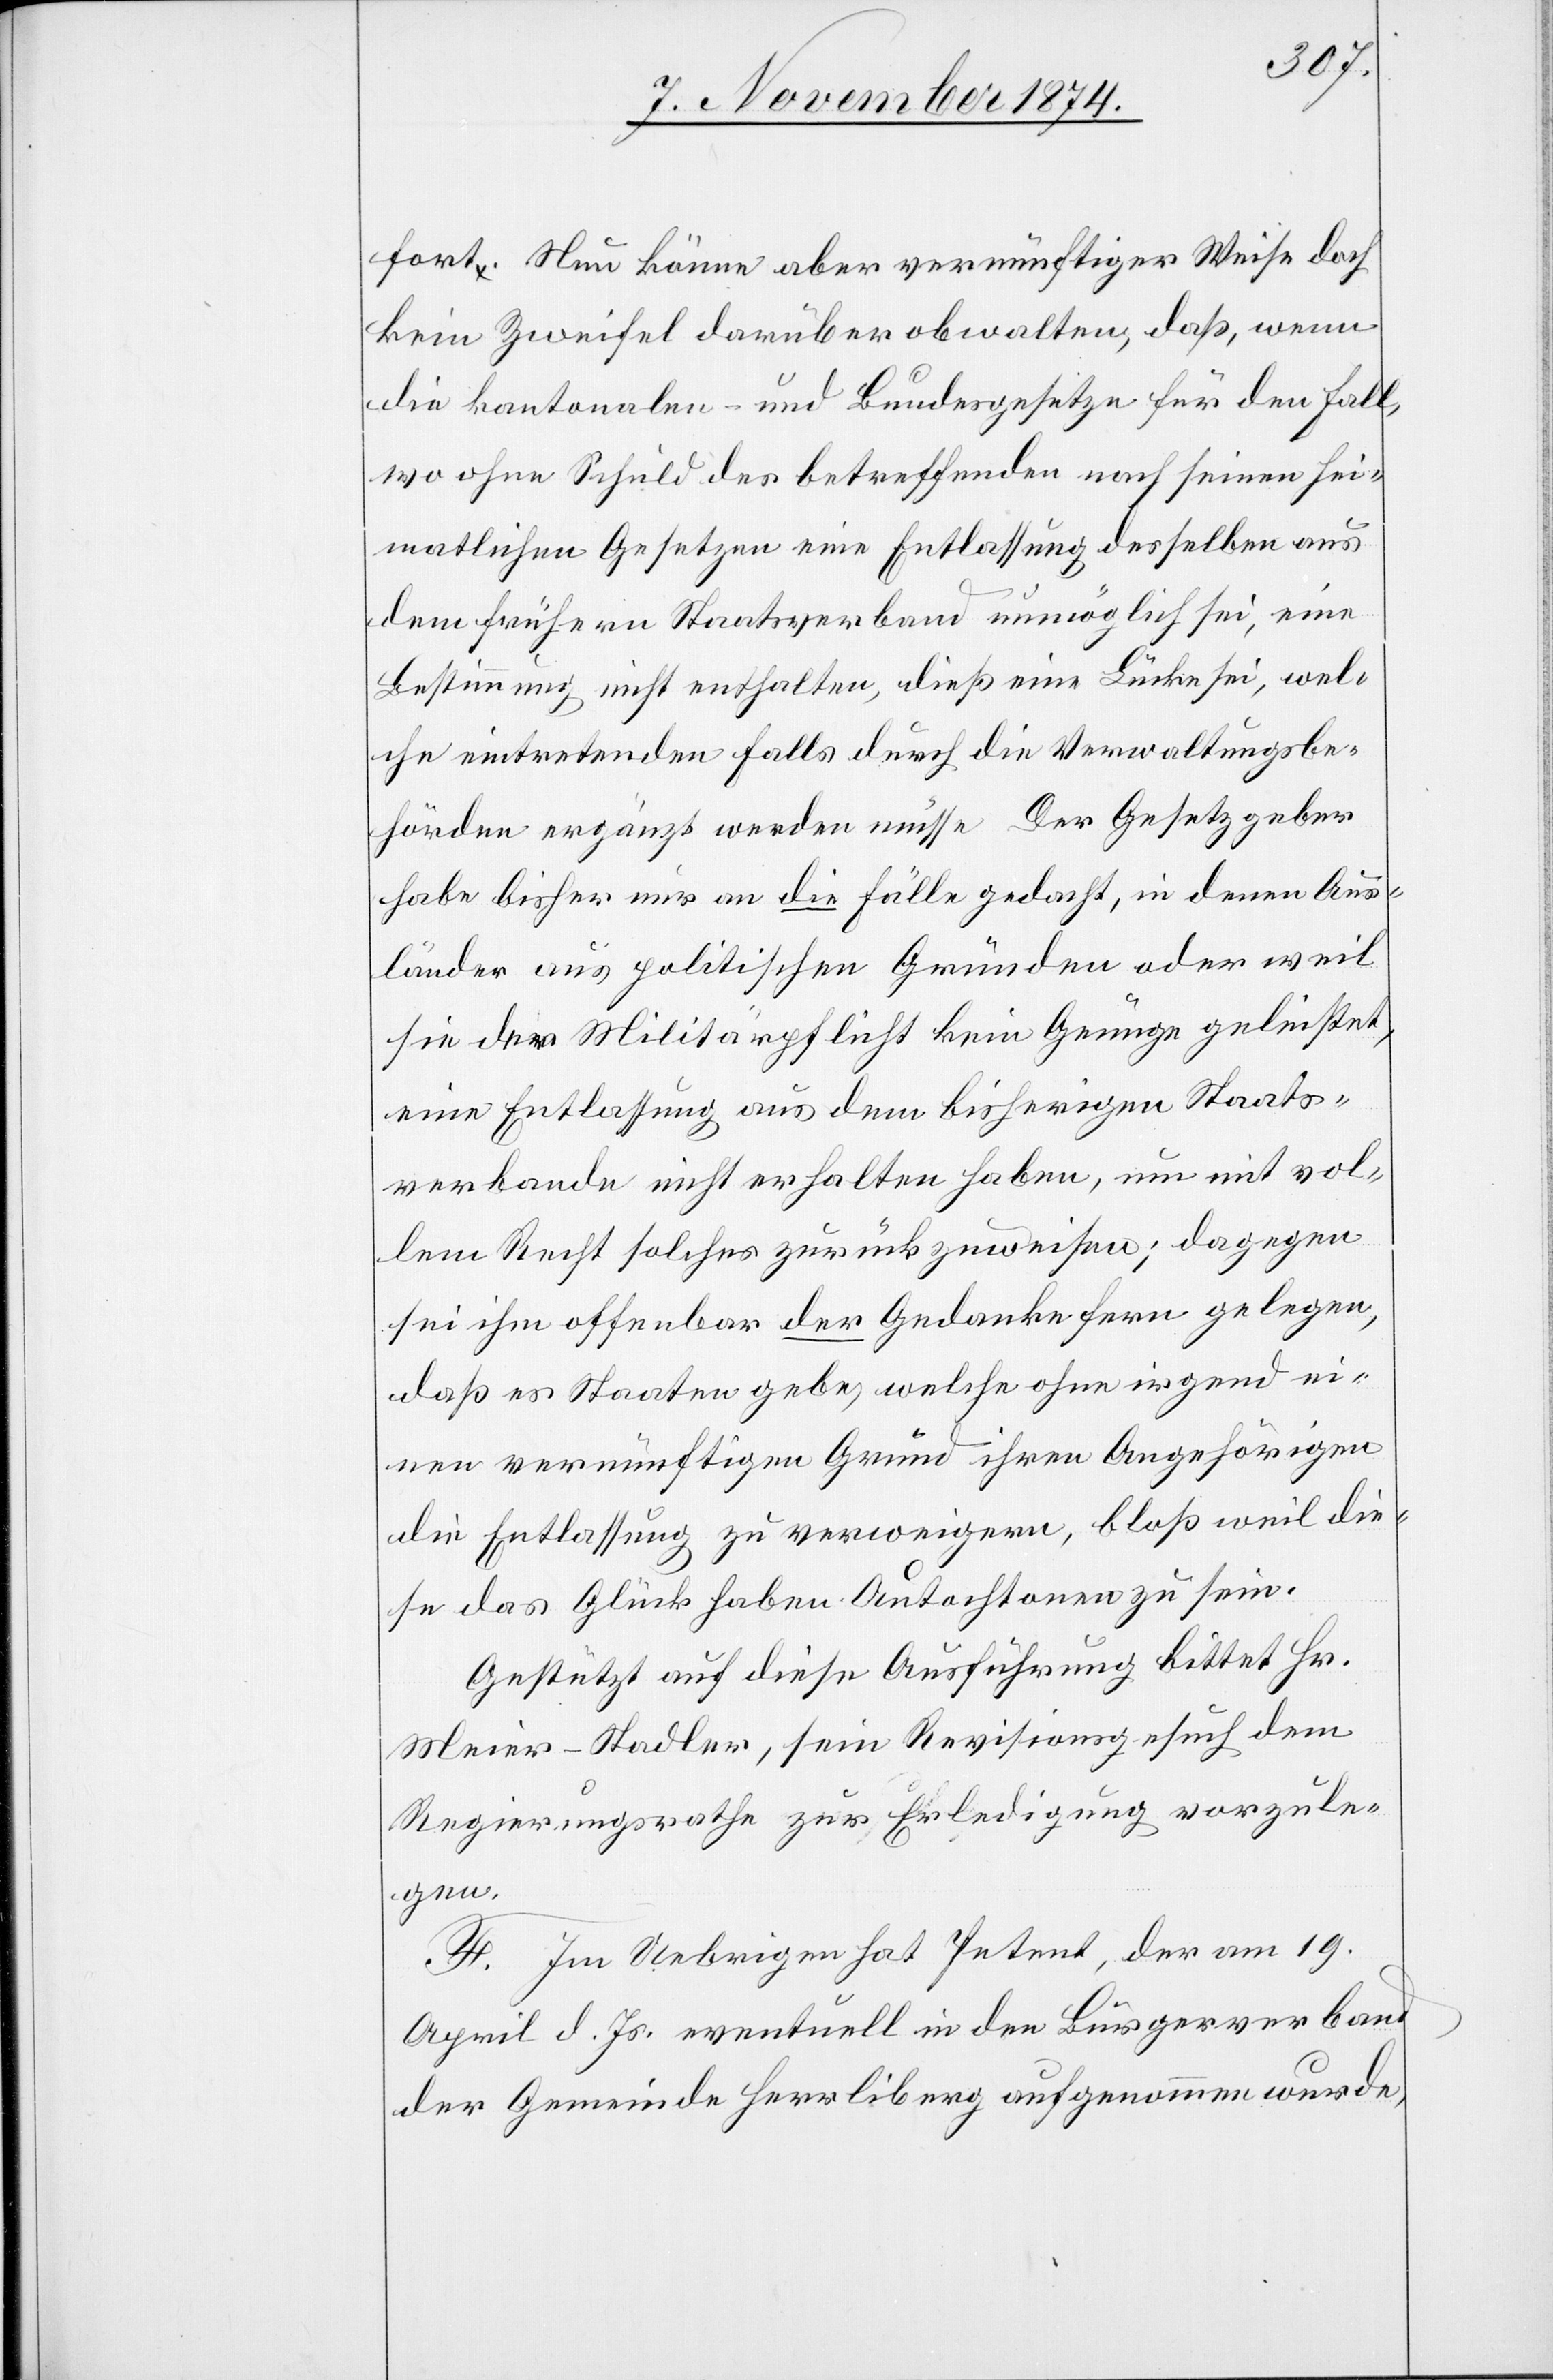
fort. Nun könne aber vernünftiger Weise doch
kein Zweifel darüber obwalten, daß, wenn
die kantonalen- und Bundesgesetze für den Fall,
wo ohne Schuld des betreffenden nach seinen hei¬
matlichen Gesetzen eine Entlassung desselben aus
dem frühern Staatsverband unmöglich sei, eine
Bestimmung nicht enthalten, dieß eine Lücke sei, wel¬
che eintretenden Falls durch die Verwaltungsbe¬
hörden ergänzt werden müsse[.] Der Gesetzgeber
habe bisher nur an die Fälle gedacht, in denen Aus¬
länder aus politischen Gründen oder weil
sie der Militärpflicht kein Genüge geleistet,
eine Entlassung aus dem bisherigen Staats¬
verbande nicht erhalten haben, nun mit vol¬
lem Recht solches zurückzuweisen; dagegen
sei ihm offenbar der Gedanke fern gelegen,
daß es Staaten gebe, welche ohne irgend ei¬
nen vernünftigen Grund ihren Angehörigen
die Entlassung zu verweigern, bloß weil die¬
se das Glück haben Autochtonen zu sein.
Gestützt auf diese Ausführung bittet Hr.
Meier-Stadler, sein Revisionsgesuch dem
Regierungsrathe zur Erledigung vorzule¬
gen.
F. Im Uebrigen hat Petent, der am 19.
April d. Js. eventuell in den Bürgerverband
der Gemeinde Herrliberg aufgenommen wurde,